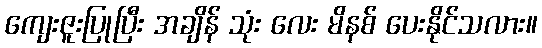
ကျေးဇူးပြုပြီး အချိန် သုံး လေး မိနစ် ပေးနိုင်သလား။